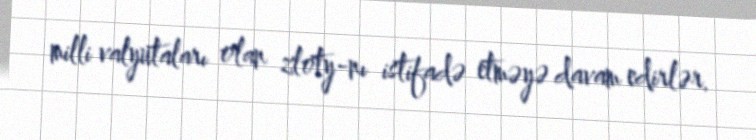
milli valyutaları olan zloty-nı istifadə etməyə davam edirlər.